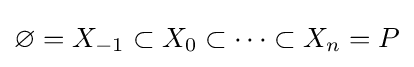
\varnothing =X_{-1}\subset X_{0}\subset \cdots \subset X_{n}=P